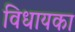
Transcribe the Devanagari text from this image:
विधायका